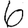
Digit: 6